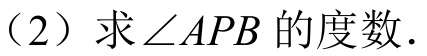
（2）求\(\angle APB\)的度数.